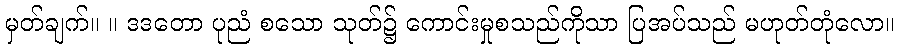
မှတ်ချက်။ ။ ဒဒတော ပုညံ စသော သုတ်၌ ကောင်းမှုစသည်ကိုသာ ပြအပ်သည် မဟုတ်တုံလော။